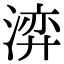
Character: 㴒